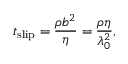
t _ { \mathrm { s l i p } } = \frac { \rho b ^ { 2 } } { \eta } = \frac { \rho \eta } { \lambda _ { 0 } ^ { 2 } } ,